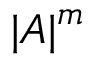
{ | \cal { A } | } ^ { m }